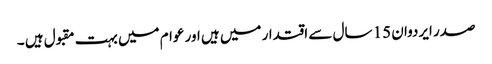
صدر ایردوان 15 سال سے اقتدار میں ہیں اور عوام میں بہت مقبول ہیں ۔